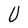
Character: U